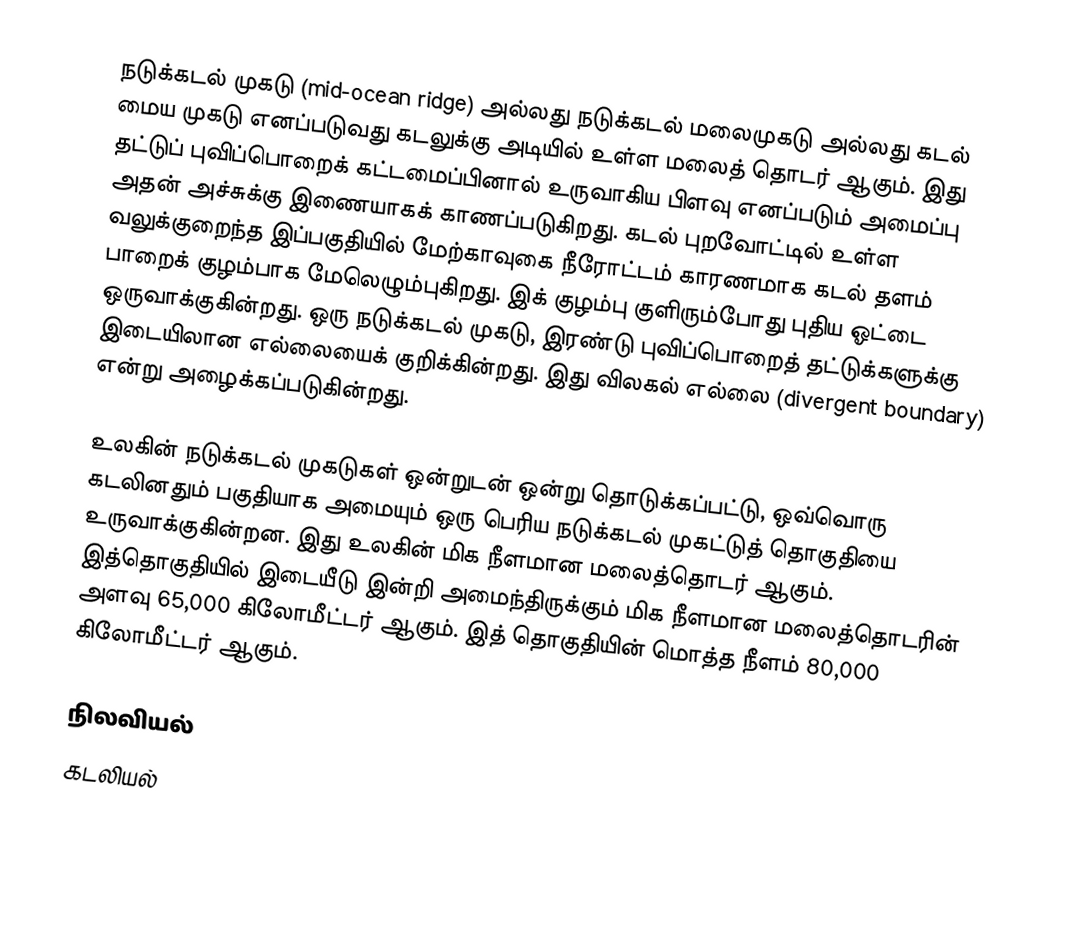
நடுக்கடல் முகடு (mid-ocean ridge) அல்லது நடுக்கடல் மலைமுகடு அல்லது கடல் மைய முகடு எனப்படுவது கடலுக்கு அடியில் உள்ள மலைத் தொடர் ஆகும். இது தட்டுப் புவிப்பொறைக் கட்டமைப்பினால் உருவாகிய பிளவு எனப்படும் அமைப்பு அதன் அச்சுக்கு இணையாகக் காணப்படுகிறது. கடல் புறவோட்டில் உள்ள வலுக்குறைந்த இப்பகுதியில் மேற்காவுகை நீரோட்டம் காரணமாக கடல் தளம் பாறைக் குழம்பாக மேலெழும்புகிறது. இக் குழம்பு குளிரும்போது புதிய ஓட்டை ஒருவாக்குகின்றது. ஒரு நடுக்கடல் முகடு, இரண்டு புவிப்பொறைத் தட்டுக்களுக்கு இடையிலான எல்லையைக் குறிக்கின்றது. இது விலகல் எல்லை (divergent boundary) என்று அழைக்கப்படுகின்றது.

உலகின் நடுக்கடல் முகடுகள் ஒன்றுடன் ஒன்று தொடுக்கப்பட்டு, ஒவ்வொரு கடலினதும் பகுதியாக அமையும் ஒரு பெரிய நடுக்கடல் முகட்டுத் தொகுதியை உருவாக்குகின்றன. இது உலகின் மிக நீளமான மலைத்தொடர் ஆகும். இத்தொகுதியில் இடையீடு இன்றி அமைந்திருக்கும் மிக நீளமான மலைத்தொடரின் அளவு 65,000 கிலோமீட்டர் ஆகும். இத் தொகுதியின் மொத்த நீளம் 80,000 கிலோமீட்டர் ஆகும்.

நிலவியல்
கடலியல்